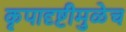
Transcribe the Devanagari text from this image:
कृपादृष्टीमुळेच